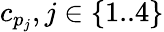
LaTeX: c_{p_{j}},j\in\{ 1..4\}